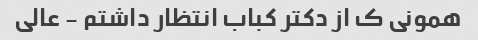
همونی ک از دکتر کباب انتظار داشتم - عالی